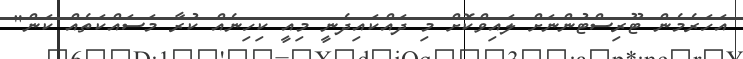
އަހަރެމެން ޓޫރިސްޓުންނަށް ލައިވްކޮށް މި ދައްކައިދެނީ މިއީ ކިހިނެއް ކުރާ މަސައްކަތެއް ކަން"